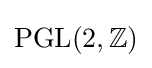
\operatorname {PGL} (2,\mathbb {Z} )